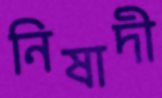
নিষাদী